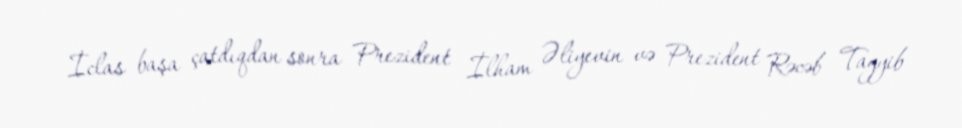
İclas başa çatdıqdan sonra Prezident İlham Əliyevin və Prezident Rəcəb Tayyib